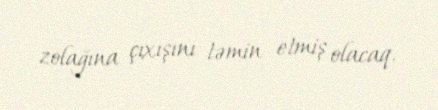
zolağına çıxışını təmin etmiş olacaq.